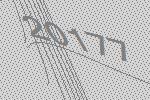
20177